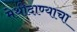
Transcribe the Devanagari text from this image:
मेथीदाण्याचा